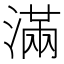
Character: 滿